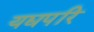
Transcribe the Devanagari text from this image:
यद्यपरि